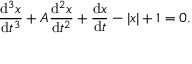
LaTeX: { \frac { \mathrm { d } ^ { 3 } x } { \mathrm { d } t ^ { 3 } } } + A { \frac { \mathrm { d } ^ { 2 } x } { \mathrm { d } t ^ { 2 } } } + { \frac { \mathrm { d } x } { \mathrm { d } t } } - | x | + 1 = 0 .